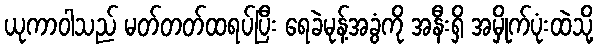
ယုကာဝါသည် မတ်တတ်ထရပ်ပြီး ရေခဲမုန့်အခွံကို အနီးရှိ အမှိုက်ပုံးထဲသို့